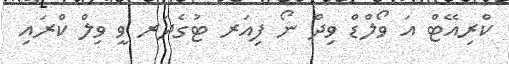
ކްރިއޭޓް އަ ވޯލްޑް ވިދް ނޯ ފިއަރ ޓުގެދަރ ވީ ވިލް ކްރައި